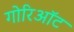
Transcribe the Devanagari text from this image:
गोरिऑट